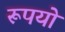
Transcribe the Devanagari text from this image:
रूपयो